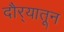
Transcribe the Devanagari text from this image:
दौर्‍यातून